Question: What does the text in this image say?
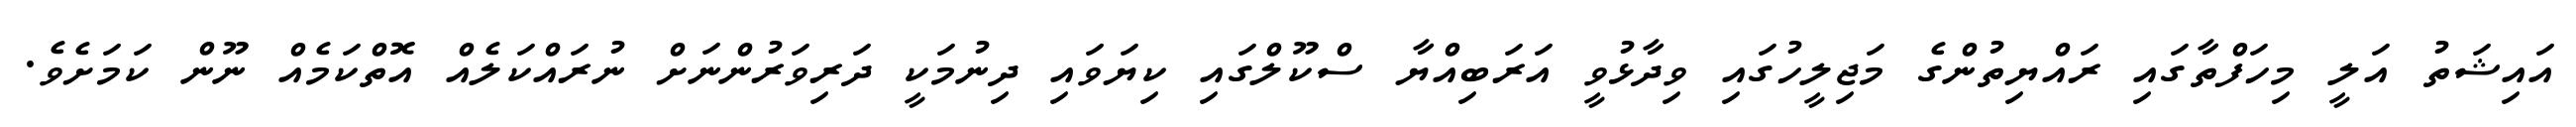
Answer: އައިޝަތު އަލީ މިހަފްތާގައި ރައްޔިތުންގެ މަޖިލީހުގައި ވިދާޅުވީ އަރަބިއްޔާ ސްކޫލްގައި ކިޔަވައި ދިނުމަކީ ދަރިވަރުންނަށް ނުރައްކަލެއް އޮތްކަމެއް ނޫން ކަމަށެވެ.